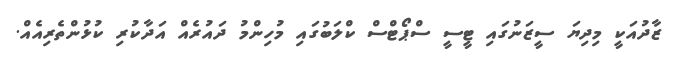
ޒާދުއަކީ މިދިޔަ ސީޒަނުގައި ޓީސީ ސްޕޯޓްސް ކްލަބުގައި މުހިންމު ދައުރެއް އަދާކުރި ކުޅުންތެރިއެއް.